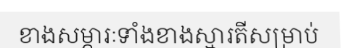
ខាងសម្ភារៈទាំងខាងស្មារតីសម្រាប់